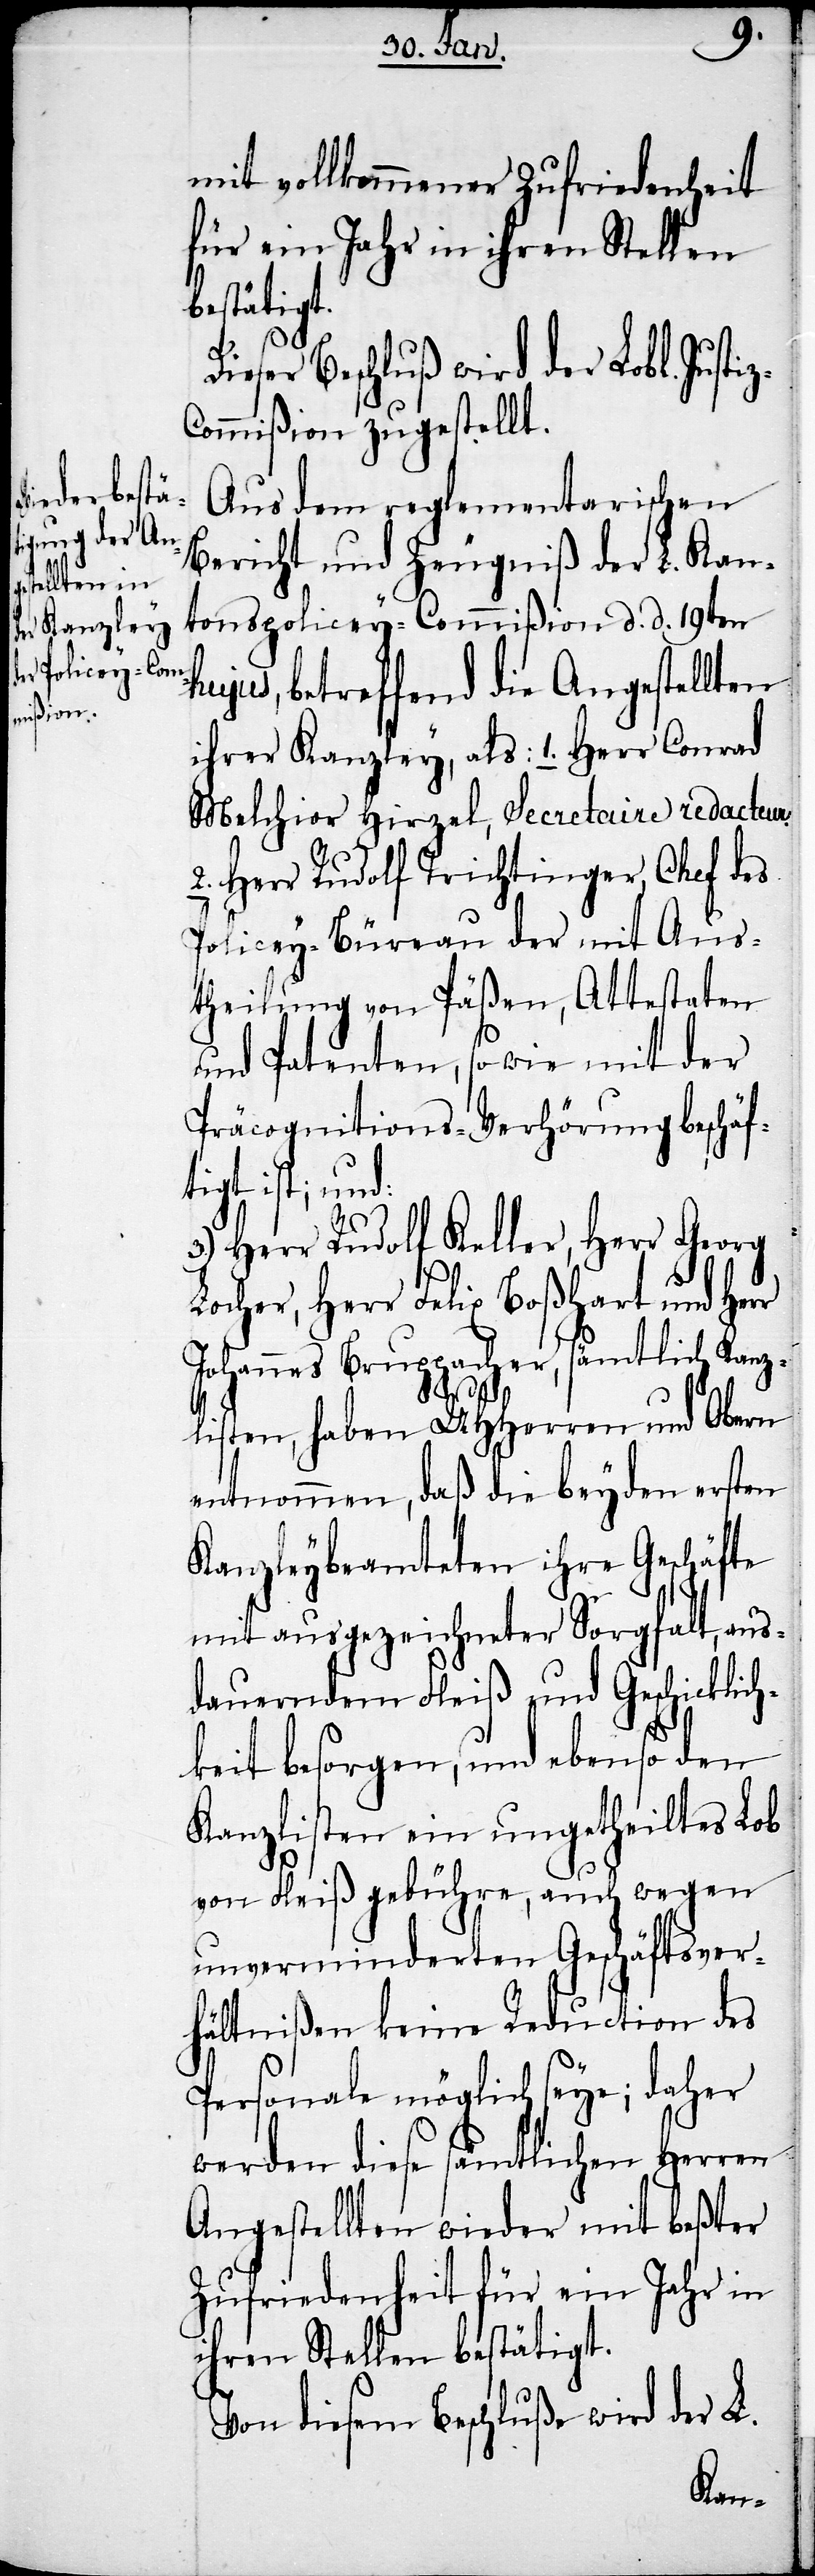
Verrich¬
ng ihrer An¬
gestellten
er Kanzley
s-Policey-Com¬
mißion

mit vollkommener Zufriedenheit
für ein Jahr in ihren Stellen
Bestätigu¬
J¬
Dieser Beschluß wird der Lobl. Justiz-C¬
ommißion zugestellt.
Aus dem reglementarischen
Bericht und Zeugniß der L. Kan¬
tonspolicey-Commißion d. d. 19ten
hujus, betreffend die Angestellten
ihrer Kanzley, als: 1: Herr Conrad
Melchior Hirzel, Secretaire redacteur.
2. Herr Rudolf Trichtinger, Chef des
Policey-Büreau der mit Aus¬
theilung von Päßen, Attestaten
und Patenten, so wie mit der
Präcognitions-Verhörung beschäft¬
rselben und
3.) Herr Rudolf Keller, Herr Georg
Locer, Herr Felix Boßhart und Her¬
hre gutächtlichen Ansichten
listen, haben UHHerren und Obern
entnommen, daß die beyden ersten
Kanzleybeamteten ihre Geschäfte
mit ausgezeichneter Sorgfalt, aus¬
dauerndem Fleiß und Geschicklich¬
keit besorgen, und ebenso den
Kanzlisten ein ungetheiltes Lob
von Fleiß gebühre, auch wegen
unverminderten Geschäftsver¬
hältnißen keine Reduction des
Personale möglich seye; daher
werden diese sämtlichen Herren
Angestellten wieder mit beßter
Zufriedenheit für ein Jahr in
ihren Stellen bestätigt.
Von diesem Beschluße wird der L.
ton¬